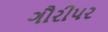
ગૌરીપર